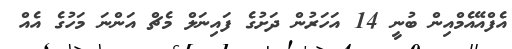
އެފްއޭއެމްއިން ބުނީ 14 އަހަރުން ދަށުގެ ފައިނަލް މެޗް އަންނަ މަހުގެ އެއް